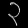
Digit: ၃